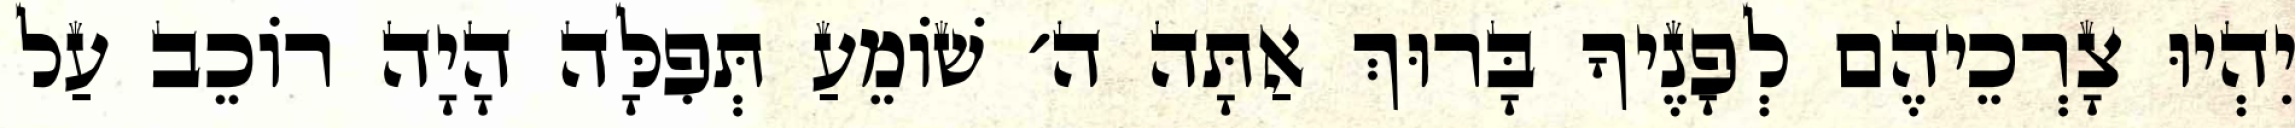
יִהְיוּ צָרְכֵיהֶם לְפָנֶיךָ בָּרוּךְ אַתָּה ה׳ שׁוֹמֵעַ תְּפִלָּה הָיָה רוֹכֵב עַל